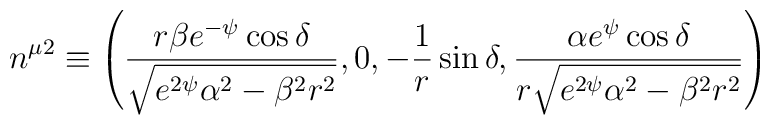
n^{\mu 2} \equiv \left ( \frac{r\beta e^{-\psi} \cos \delta}{\sqrt{e^{2\psi}\alpha ^{2} - \beta ^{2}r^{2}}},0,-\frac{1}{r}\sin \delta , \frac{\alpha e^{\psi}\cos \delta}{r \sqrt{e^{2\psi}\alpha^{2} - \beta^{2}r^{2}}}\right )